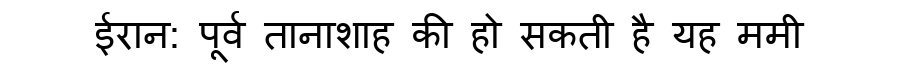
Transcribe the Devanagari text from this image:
ईरान: पूर्व तानाशाह की हो सकती है यह ममी